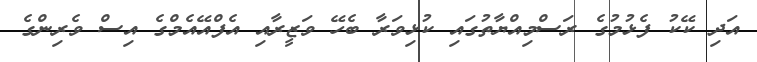
އަދި ކޭކު ފެޅުމުގެ ރަސްމިއްޔާތުގައި ކުޅިވަރާ ބެހޭ ވަޒީރާއި އެފްއޭއެމްގެ އިސް ވެރިންގެ